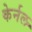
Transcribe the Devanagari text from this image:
केर्नल